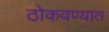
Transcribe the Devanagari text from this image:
ठोकवण्यात